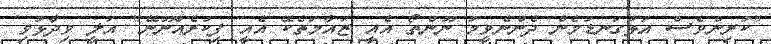
"ކުރިންވެސް އަޅުގަނޑުމެން ދެންނެވީމު ނޫންތޯ އެއީ ޒައާމަތެކޭ އެއީ ފިކުރެއްނޫނޭ" އަލީ ވިދާޅުވި